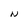
Character: N